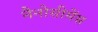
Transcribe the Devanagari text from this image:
नैनोसीमेंस